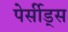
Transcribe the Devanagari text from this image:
पेर्सीड्स